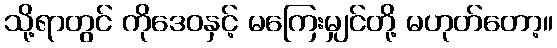
သို့ရာတွင် ကိုဒေဝနှင့် မကြေးမျှင်တို့ မဟုတ်တော့။